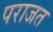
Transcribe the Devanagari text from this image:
पराजत